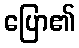
ပြော၏